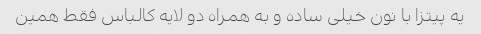
یه پیتزا با نون خیلی ساده و به همراه دو لایه کالباس فقط همین